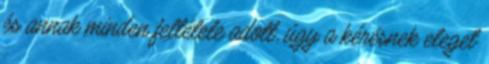
és annak minden feltétele adott, úgy a kérésnek eleget